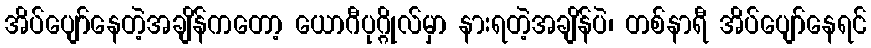
အိပ်ပျော်နေတဲ့အချိန်ကတော့ ယောဂီပုဂ္ဂိုလ်မှာ နားရတဲ့အချိန်ပဲ၊ တစ်နာရီ အိပ်ပျော်နေရင်